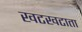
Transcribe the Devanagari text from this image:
खटखटाता